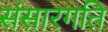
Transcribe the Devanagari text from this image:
संसारगति